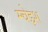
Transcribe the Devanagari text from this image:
म्चेइश